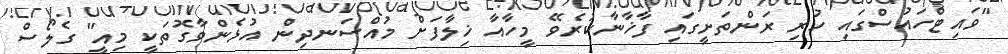
"ވައިޓްހައުސްގައި ހުރި ރަންތަށީގައި ފާޚާނާކުރެވޭ މީހާއާ ޚިލާފަށް މުއްސަނދިން އުޅެންވާގޮތަކީ މިއީ" ގެލޯސް